65_HS1-834228961_62-HQ-83894_Section_6
Agency: FBI
Page 82
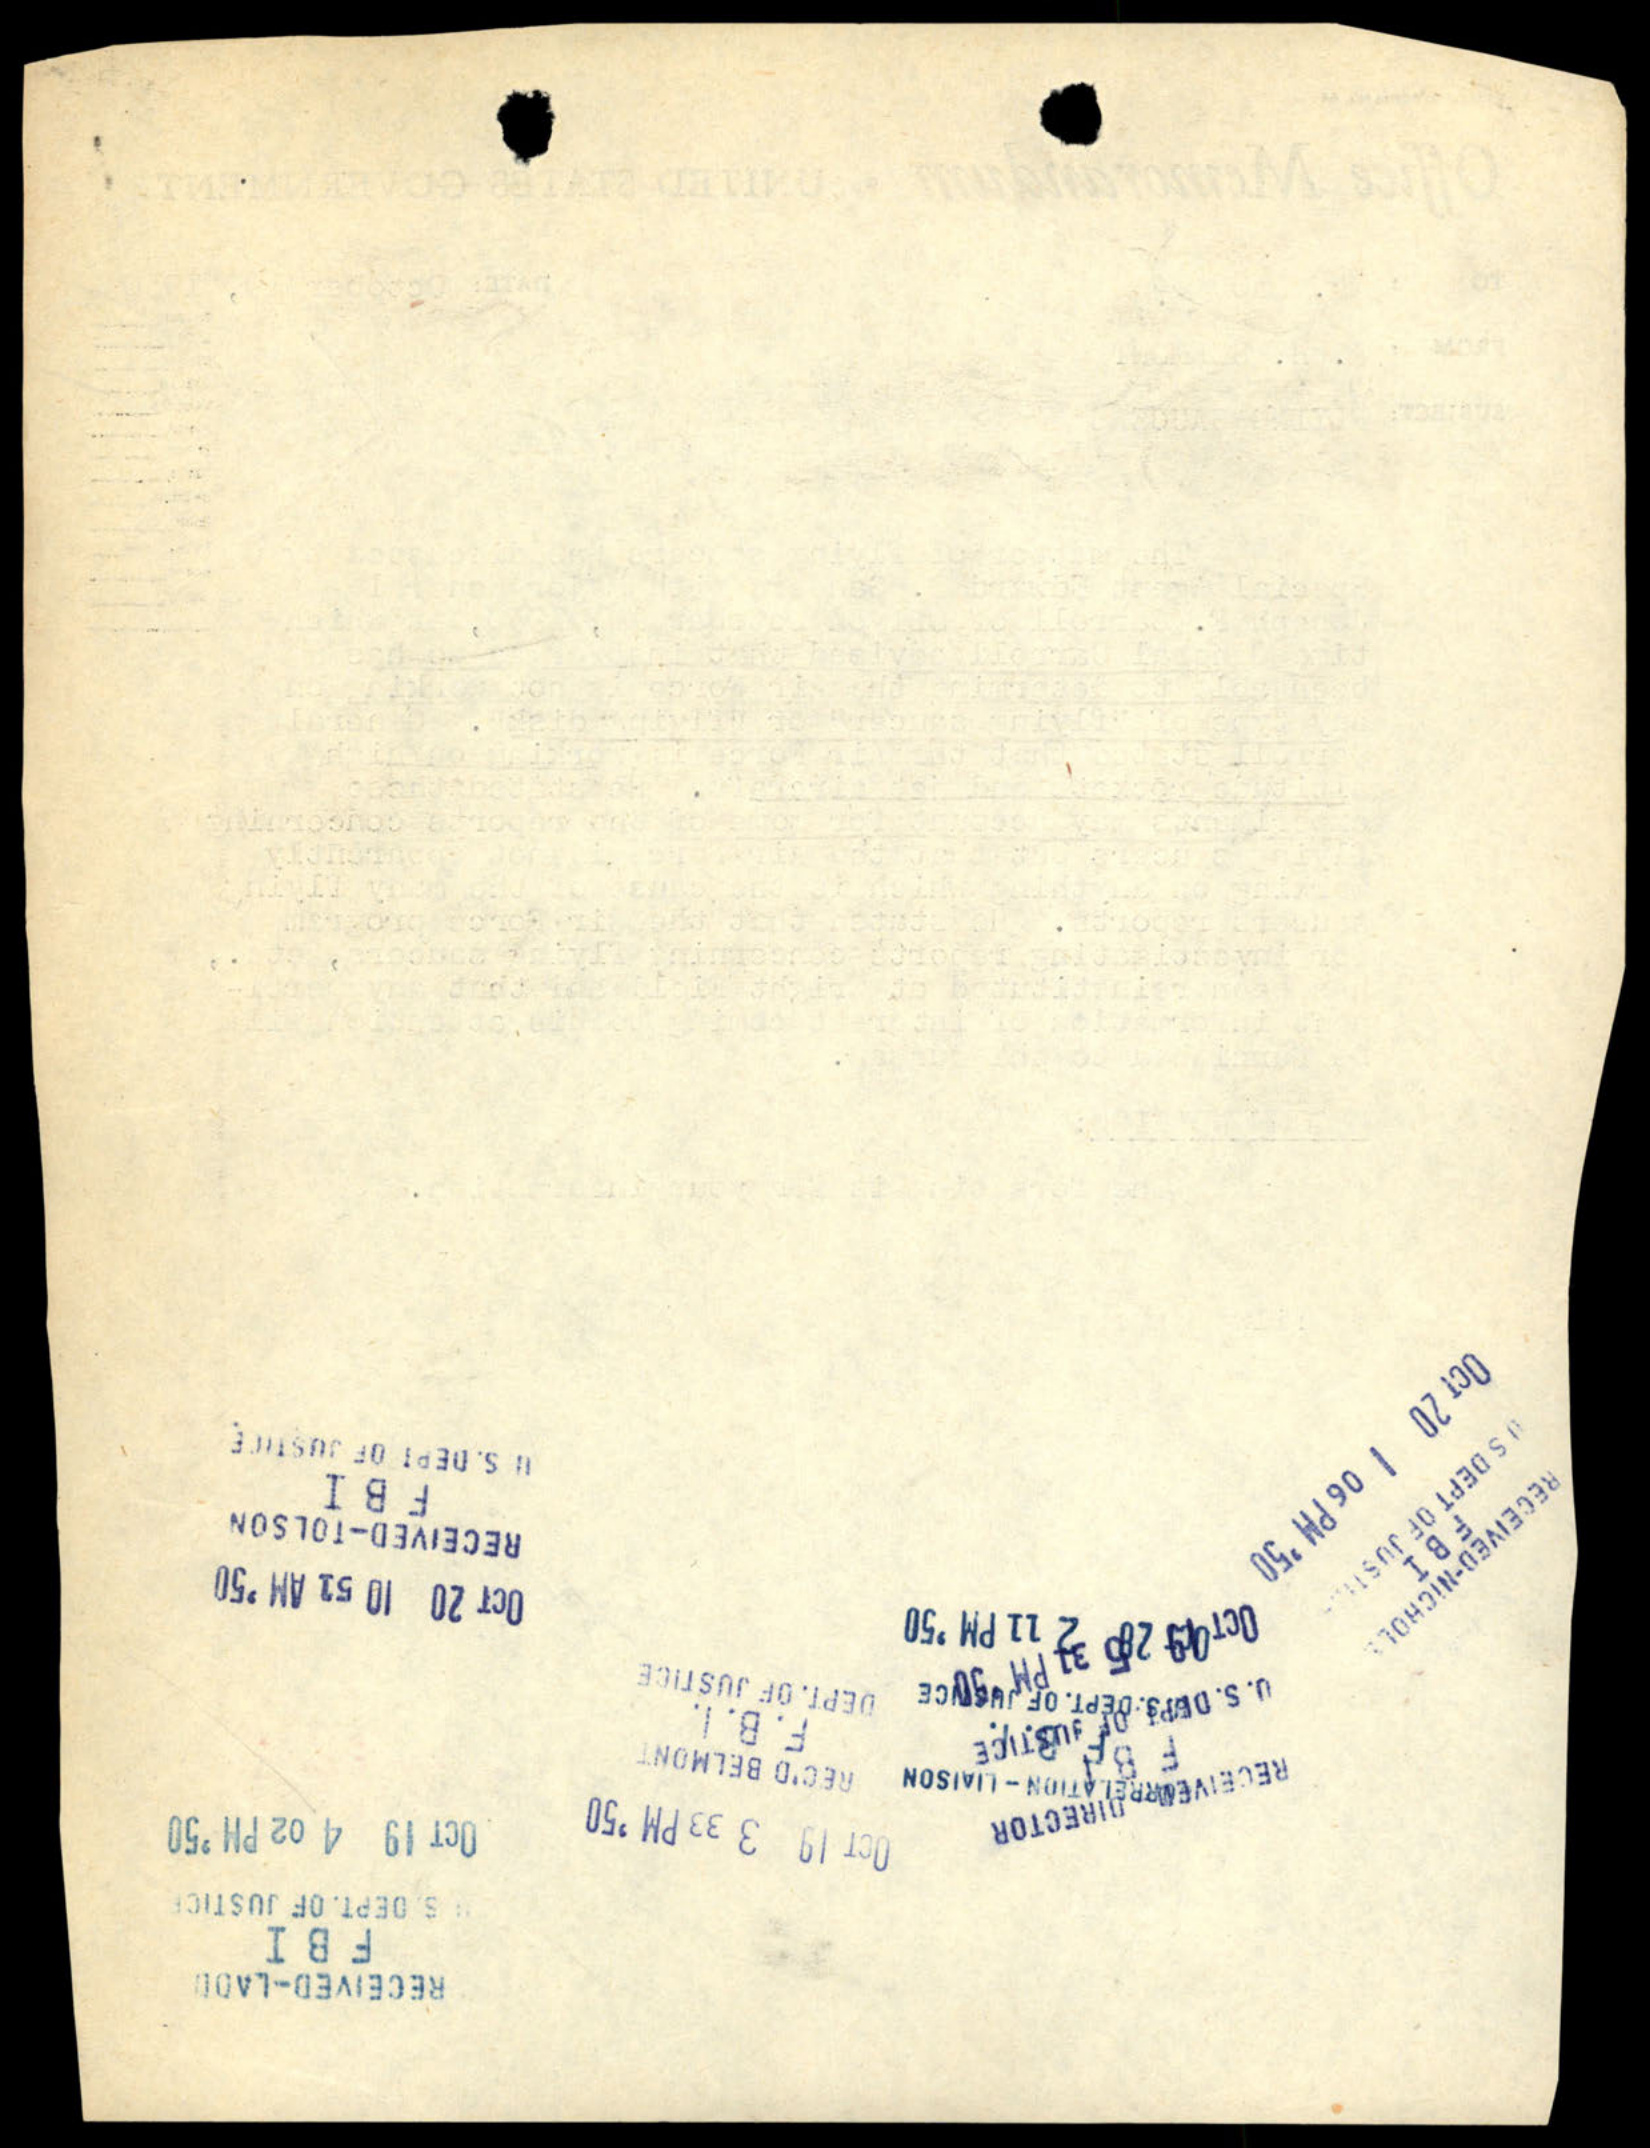